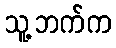
သူ့ဘက်က